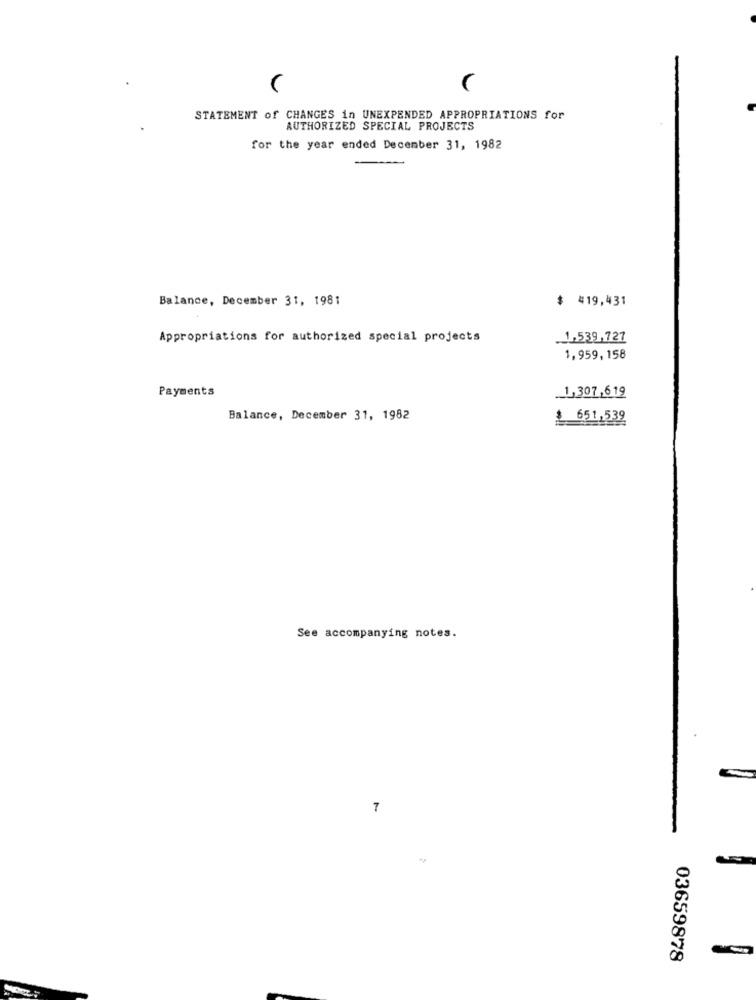
STATEMENT of CHANGES in UNEXPENDED APPROPRIATIONS for
AUTHORIZED SPECIAL PROJECTS
for the year ended December 31, 1982
Balance, December 31, 1981
$ 419,431
Appropriations for authorized special projects
.1.539,727
1,959,158
Payments
1,307,619
Balance, December 31, 1982
$ 651,539
See accompanying notes.
7
03659878